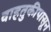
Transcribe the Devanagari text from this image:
वाहतुकीपासून